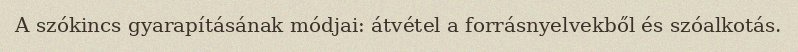
A szókincs gyarapításának módjai: átvétel a forrásnyelvekből és szóalkotás.